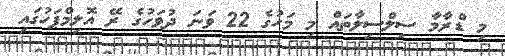
މި ޑްރާމާ ސިލްސިލާތައް މި މަހުގެ 22 ވަނަ ދުވަހުގެ ރޭ އޮލިމްޕަހުގައި